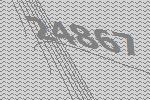
24867